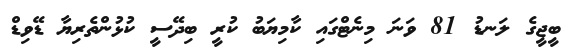
ބީޖީގެ ލަނޑު 81 ވަނަ މިނެޓްގައި ކާމިޔަބު ކުރީ ބިދޭސީ ކުޅުންތެރިޔާ ޑޭވިޑް